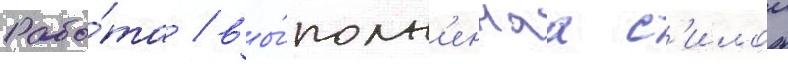
Рабо́та / вы́полн'еннаа с'илои